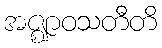
အဇ္ဈာဝသတီတိ